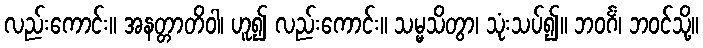
လည်းကောင်း။ အနတ္တာတိဝါ၊ ဟူ၍ လည်းကောင်း။ သမ္မသိတွာ၊ သုံးသပ်၍။ ဘဝင်္ဂံ၊ ဘဝင်သို့။